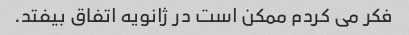
فکر می کردم ممکن است در ژانویه اتفاق بیفتد.